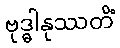
ဗုဒ္ဓါနုဿတိံ